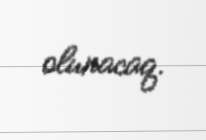
olunacaq.